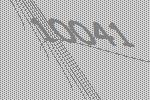
10041